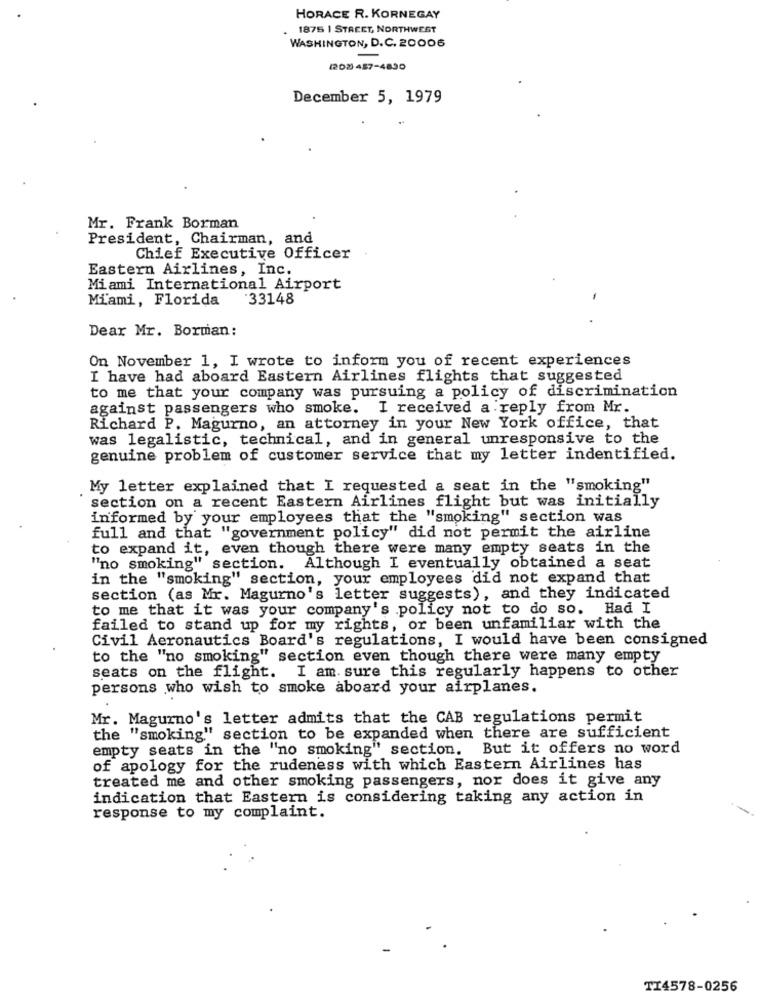
HORACE R. KORNEGAY
1875 1 STREET, NORTHWEST
WASHINGTON, D.C. 20006
(208 457-4890
December 5, 1979
Mr. Frank Borman
President, Chairman, and
Chief Executive Officer
Eastern Airlines, Inc.
Miami International Airport
Miami, Florida
-33148
Dear Mr. Borman:
On November 1, I wrote to inform you of recent experiences
I have had aboard Eastern Airlines flights that suggested
to me that your company was pursuing a policy of discrimination
against passengers who smoke. I received a reply from Mr.
Richard P. Magurno, an attorney in your New York office, that
was legalistic, technical, and in general unresponsive to the
genuine problem of customer service that my letter indentified.
My letter explained that I requested a seat in the "smoking"
section on a recent Eastern Airlines flight but was initially
informed by your employees that the "smoking" section was
full and that "government policy" did not permit the airline
to expand it, even though there were many empty seats in the
"no smoking" section. Although I eventually obtained a seat
in the "smoking" section, your employees did not expand that
section (as Mr. Magurno's letter suggests), and they indicated
to me that it was your company's policy not to do so. Had I
failed to stand up for my rights, or been unfamiliar with the
Civil Aeronautics Board's regulations, I would have been consigned
to the "no smoking" section even though there were many empty
seats on the flight.
I am sure this regularly happens to other
persons who wish to smoke aboard your airplanes.
Mr. Magurno's letter admits that the CAB regulations permit
the "smoking" section to be expanded when there are sufficient
empty seats in the "no smoking" section. But it offers no word
of apology for the rudeness with which Eastern Airlines has
treated me and other smoking passengers, nor does it give any
indication that Eastern is considering taking any action in
response to my complaint.
TI4578-0256